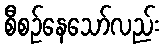
စီစဉ်နေသော်လည်း